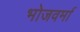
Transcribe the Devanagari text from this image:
भोजवर्मा